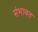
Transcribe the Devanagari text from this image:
संभावत